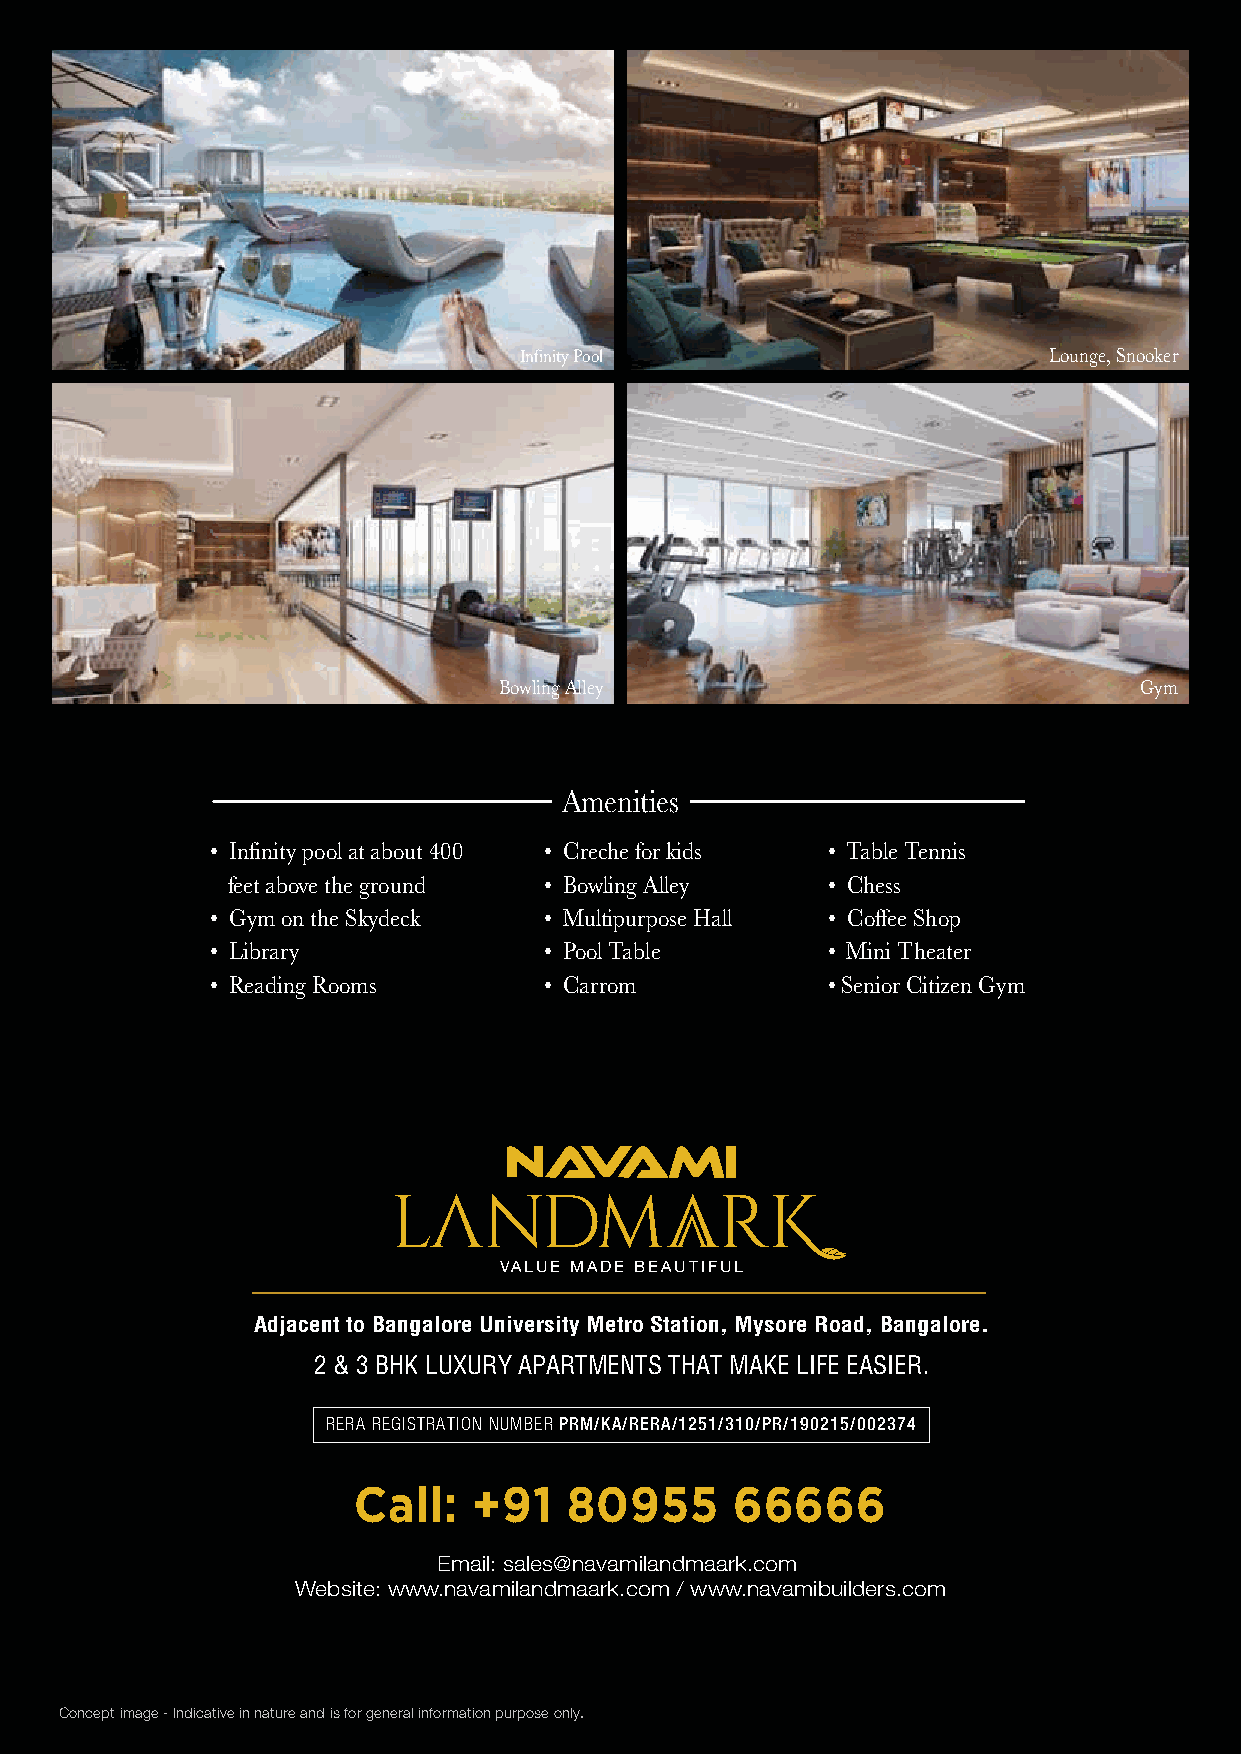
Infinity Pool                      Lounge, Snooker
 Bowling Alley                             Gym
 Amenities
 • Infinity pool at about 400 • Creche for kids • Table Tennis
 feet above the ground • Bowling Alley   • Chess
 • Gym on the Skydeck  • Multipurpose Hall • Coffee Shop
 • Library             • Pool Table       • Mini Theater
 • Reading Rooms       • Carrom           • Senior Citizen Gym
 VALUE MADE BEAUTIFUL
 Adjacent to Bangalore University Metro Station, Mysore Road, Bangalore.
 2 & 3 BHK LUXURY APARTMENTS THAT MAKE LIFE EASIER.
 RERA REGISTRATION NUMBER PRM/KA/RERA/1251/310/PR/190215/002374
 Call:   +91    80955      66666
 Email: sales@navamilandmaark.com
 Website: www.navamilandmaark.com / www.navamibuilders.com
 Concept image - Indicative in nature and is for general information purpose only.